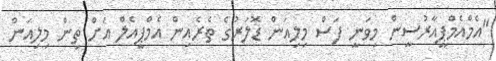
"އެމްއެމްޕީއާރުސީން މިވަނީ ފަސް މިލިއަން ޑޮލަރުގެ ތެރެއިން އެމްޕީއެލް އަށް ތިން މިލިއަން